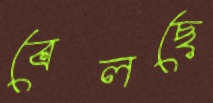
বেলছে